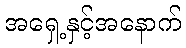
အရှေ့နှင့်အနောက်